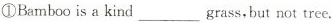
①Bamboo is a kind ___ grass, but not tree.